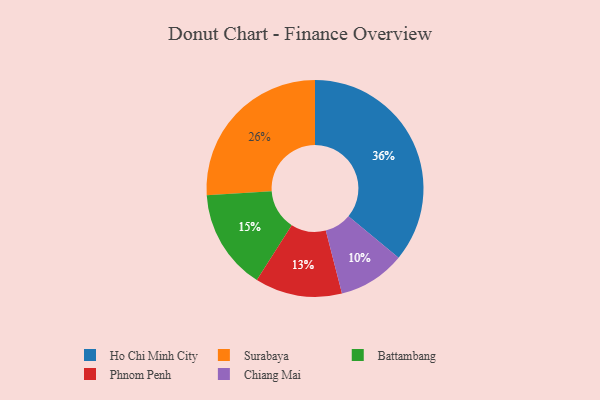
{"axis": {"x": "Category", "y": "Percentage"}, "legend": ["Battambang", "Chiang Mai", "Ho Chi Minh City", "Phnom Penh", "Surabaya"], "data": [{"x": "Chiang Mai", "y": 10, "type": "Chiang Mai"}, {"x": "Battambang", "y": 15, "type": "Battambang"}, {"x": "Phnom Penh", "y": 13, "type": "Phnom Penh"}, {"x": "Ho Chi Minh City", "y": 36, "type": "Ho Chi Minh City"}, {"x": "Surabaya", "y": 26, "type": "Surabaya"}]}